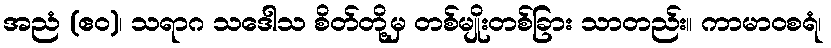
အညံ (ဧဝ)၊ သရာဂ သဒေါသ စိတ်တို့မှ တစ်မျိုးတစ်ခြား သာတည်း။ ကာမာဝစရံ၊